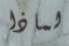
لماذا